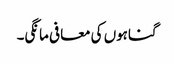
گناہوں کی معافی مانگی۔